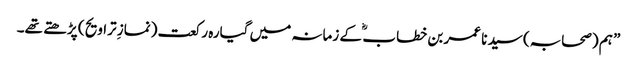
” ہم (صحابہ) سید نا عمر بن خطاب ؓ کے زمانہ میں گیارہ رکعت (نمازِ تراویح ) پڑھتے تھے۔